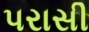
પરાસી